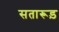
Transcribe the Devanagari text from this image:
सतारूड़